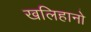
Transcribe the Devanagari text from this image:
खलिहानो